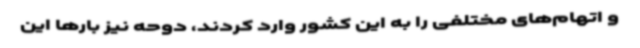
و اتهام‌های مختلفی را به این کشور وارد کردند، دوحه نیز بارها این